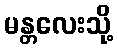
မန္တလေးသို့